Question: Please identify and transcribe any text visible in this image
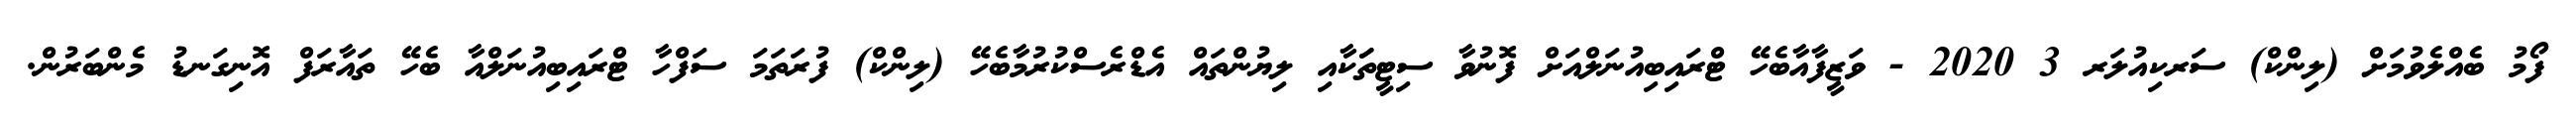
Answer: ފޯމު ބެއްލެވުމަށް (ލިންކް) ސަރކިއުލަރ 3 2020 - ވަޒީފާއާބެހޭ ޓްރައިބިއުނަލްއަށް ފޮނުވާ ސިޓީތަަކާއި ލިޔުންތައް އެޑްރެސްކުރުމާބެހޭ (ލިންކް) ފުރަތަމަ ސަފްހާ ޓްރައިބިއުނަލްއާ ބެހޭ ތައާރަފް އޮނިގަނޑު މެންބަރުން.